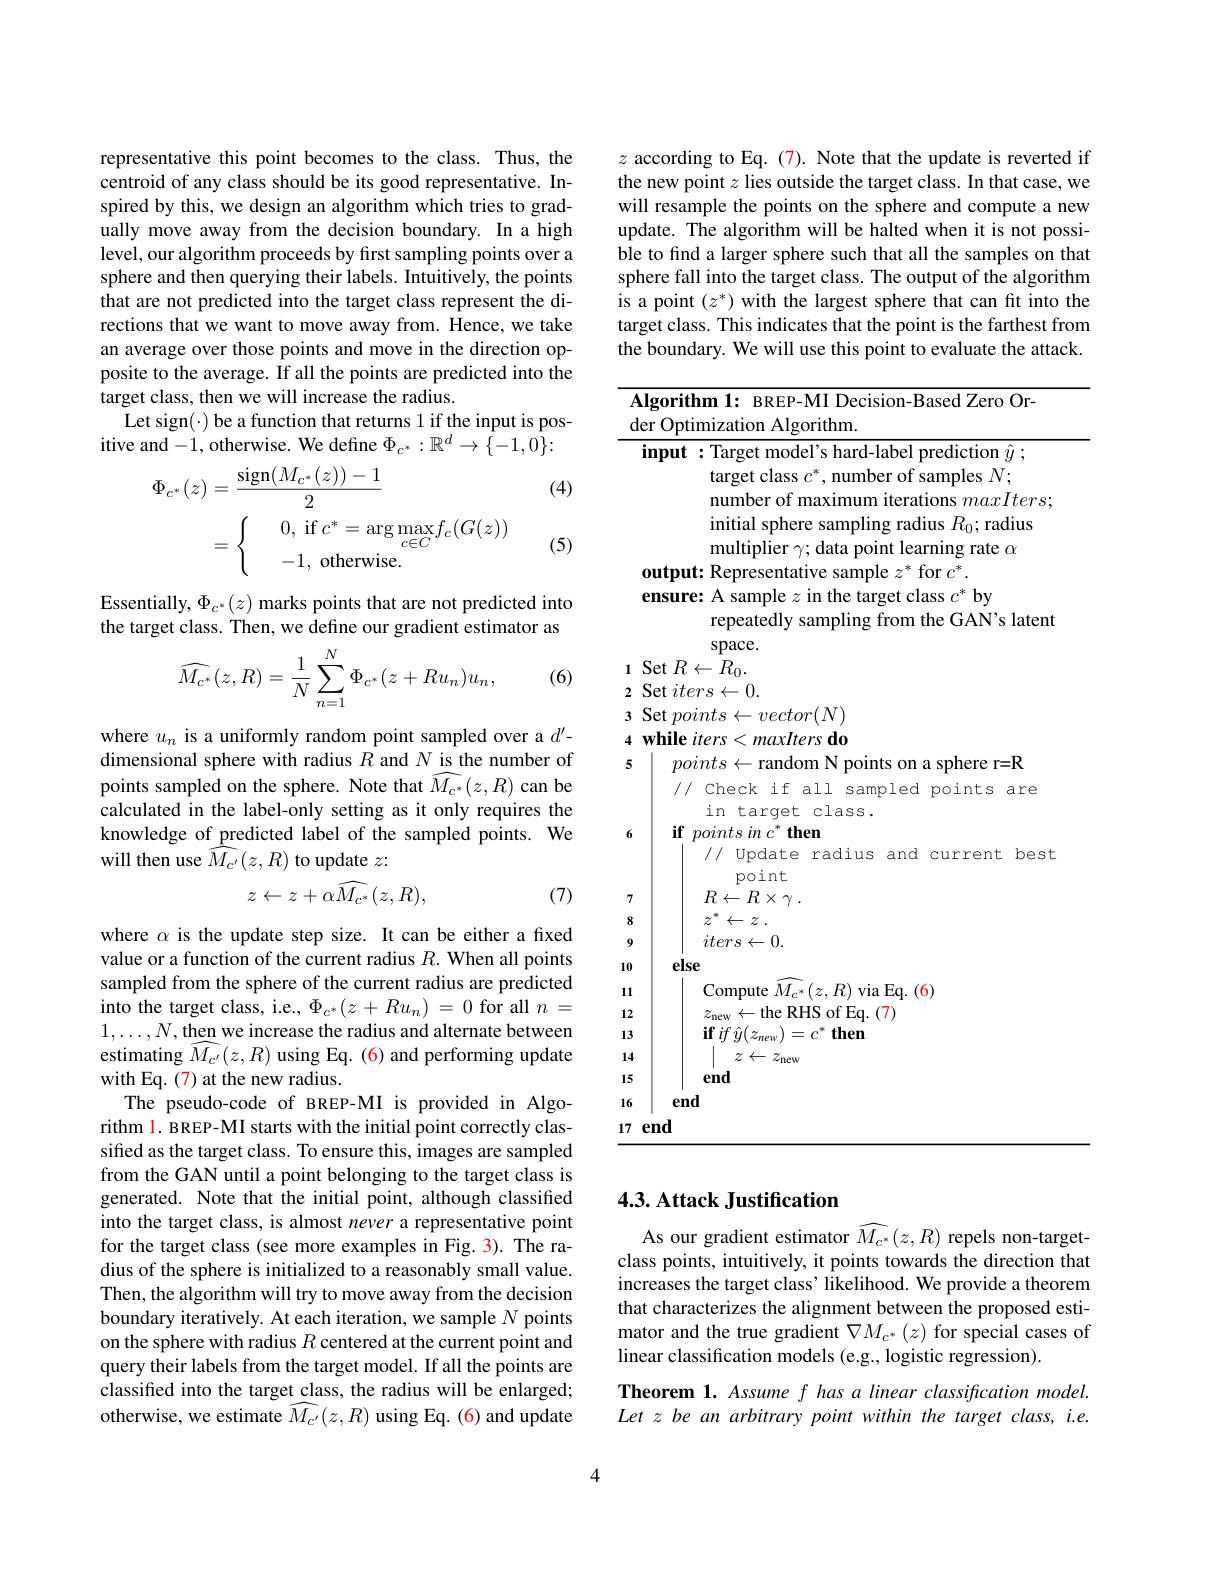
representative this point becomes to the class. Thus, the centroid of any class should be its good representative. Inspired by this, we design an algorithm which tries to gradually move away from the decision boundary. In a high level, our algorithm proceeds by first sampling points over a sphere and then querying their labels. Intuitively, the points that are not predicted into the target class represent the directions that we want to move away from. Hence, we take an average over those points and move in the direction opposite to the average. If all the points are predicted into the target class, then we will increase the radius.
$\begin{array}{c}\mathrm{Let~sign(\cdot)~be~a~function~that~returns~1~if~the~input~is~pos-}\\\mathrm{itive~and~-1,~otherwise.~We~define~}\Phi_{c^*}:\mathbb{R}^d\to\{-1,0\}:\end{array}$

(4)
$$\begin{aligned}\Phi_{c^{*}}(z)&=\frac{\mathrm{sign}(M_{c^{*}}(z))-1}{2}\\&=\begin{cases}&0,\text{ if }c^*=\arg\max_{c\in C}f_c(G(z))\\&-1,\text{ otherwise.}\end{cases}\end{aligned}$$
(5)

Essentially, $\Phi_c^*(z)$ marks points that are not predicted into the target class. Then, we define our gradient estimator as

(6)
$$\widehat{M_{c^*}}(z,R)=\frac{1}{N}\sum_{n=1}^{N}\Phi_{c^*}(z+Ru_n)u_n,$$
where $u_n$ is a uniformly random point sampled over a $d^\prime-$ dimensional sphere with radius $R$ and $N$ is the number of points sampled on the sphere. Note that $\widehat{M_{c^*}}(z,R)$ can be calculated in the label-only setting as it only requires the knowledge of predicted label of the sampled points. We will then use $\hat{\widehat{M}_{c^{\prime}}}(z,R)$ to update $z:$
$$z\leftarrow z+\alpha\widehat{M_{c^{*}}}(z,R),$$
(7)

where $\alpha$ is the update step size. It can be either a fixed value or a function of the current radius $R.$ When all points sampled from the sphere of the current radius are predicted into the target class, i.e., $\Phi_{c^*}(z+Ru_n)=0$ for all $n=$ $1,\ldots,N,\underline{\text{then we increase the radius and alternate between}}$ estimating $\widehat{M_{c^{\prime}}}(z,R)$ using Eq. (6) and performing update with Eq. (7) at the new radius.
The pseudo-code of BREP-MI is provided in Algorithm l. BREP-MI starts with the initial point correctly classified as the target class. To ensure this, images are sampled from the GAN until a point belonging to the target class is generated. Note that the initial point, although classified into the target class, is almost never a representative point for the target class (see more examples in Fig. 3). The radius of the sphere is initialized to a reasonably small value. Then, the algorithm will try to move away from the decision boundary iteratively. At each iteration, we sample $N$ points on the sphere with radius $R$ centered at the current point and query their labels from the target model. If all the points are classified into the target class, the radius will be enlarged; otherwise, we estimate $\widehat{M_{c^{\prime}}}(z,R)$ using Eq. (6) and update

$z$ according to Eq. (7). Note that the update is reverted if the new point $z$ lies outside the target class. In that case, we will resample the points on the sphere and compute a new update. The algorithm will be halted when it is not possible to find a larger sphere such that all the samples on that sphere fall into the target class. The output of the algorithm is a point $(z^*)$ with the largest sphere that can fit into the target class. This indicates that the point is the farthest from the boundary. We will use this point to evaluate the attack.

Algorithm 1: BREP-MI Decision-Based Zero Or-
der Optimization Algorithm.
input : Target model' s hard-label prediction $\hat{y}$ ;
target class $c^*$, number of samples $N;$
number of maximum iterations $maxIters;$
initial sphere sampling radius $R_0;$ radius multiplier $\gamma;$ data point learning rate $\alpha$
output: Representative sample $z^*$ for $c^*.$
ensure: A sample $z$ in the target class $c^*$ by
repeatedly sampling from the GAN's latent
space.
1 Set $R\leftarrow R_0.$ 2 Set $iters\leftarrow0.$ 3 Set $points\leftarrow vector(N)$ 4 while iters <maxIters do 5
$points\leftarrow$random N points on a sphere r=R // Check if all sampled points are
in target class.
if points in $c^* \textbf{ then}$
// Update radius and current best
point $R\leftarrow R\times \gamma$ .
7
$z^* \leftarrow z$ .
8
$iters\leftarrow0.$
9
else
10
Compute $\widehat{M_{c^*}}(z,R)$ via Eq. (6)
11
$z_{\mathrm{new}}\leftarrow$the RHS of Eq.(7)
1213
$\textbf{if}if\hat{y} ( z_{new}) = c^{* }\textbf{then}$
$z\leftarrow z_\mathrm{new}$
14
end
15
end
16
$17end$

## 4.3. Attack Justification

As our gradient estimator $\widehat M_{c^*}(z,R)$ repels non-targetclass points, intuitively, it points towards the direction that increases the target class' likelihood. We provide a theorem that characterizes the alignment between the proposed estimator and the true gradient $\nabla M_{c^*}(z)$ for special cases of linear classification models (e.g., logistic regression).
Theorem 1. Assume f has a linear classification model. Let z be an arbitrary point within the target class, i.e.

4